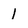
Character: 1